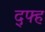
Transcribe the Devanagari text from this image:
द्फ्ह